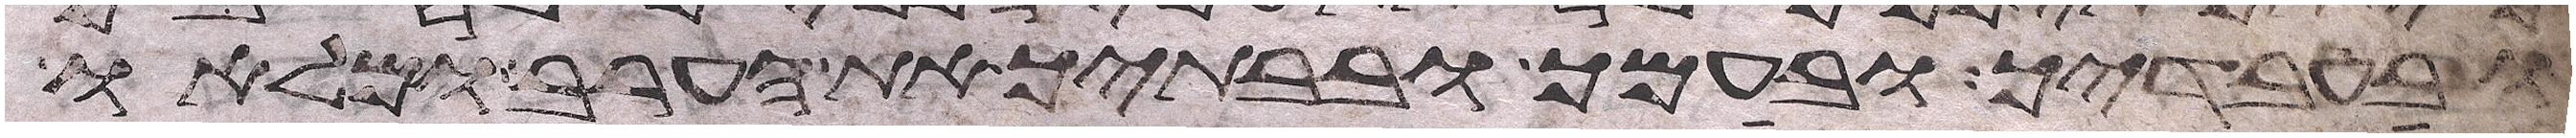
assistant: ובעבדיך ובעמך ובבתיך את הערב ומלאו